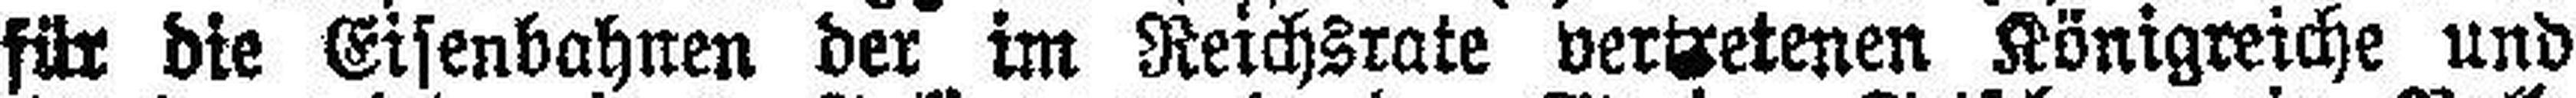
für die Eisenbahnen der im Reichsrate vertretenen Königreiche und